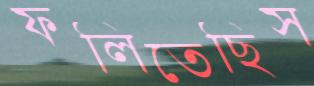
ফলিতেছিস